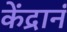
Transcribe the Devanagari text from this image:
केंद्रानं